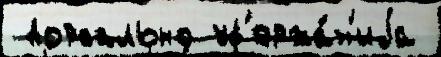
 дорсально уд'ержа́н'иjа